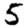
Digit: 5